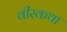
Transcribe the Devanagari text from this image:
वीरकथा